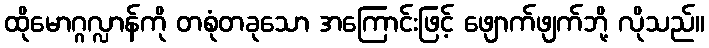
ထိုမောဂ္ဂလ္လာန်ကို တစုံတခုသော အကြောင်းဖြင့် ဖျောက်ဖျက်ဘို့ လိုသည်။